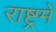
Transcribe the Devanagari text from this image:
राष्ट्रमें